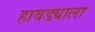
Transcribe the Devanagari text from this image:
हावड्याला